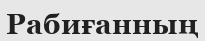
Рабиғанның